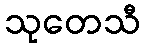
သုတေသီ